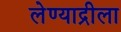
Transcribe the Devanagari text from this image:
लेण्याद्रीला